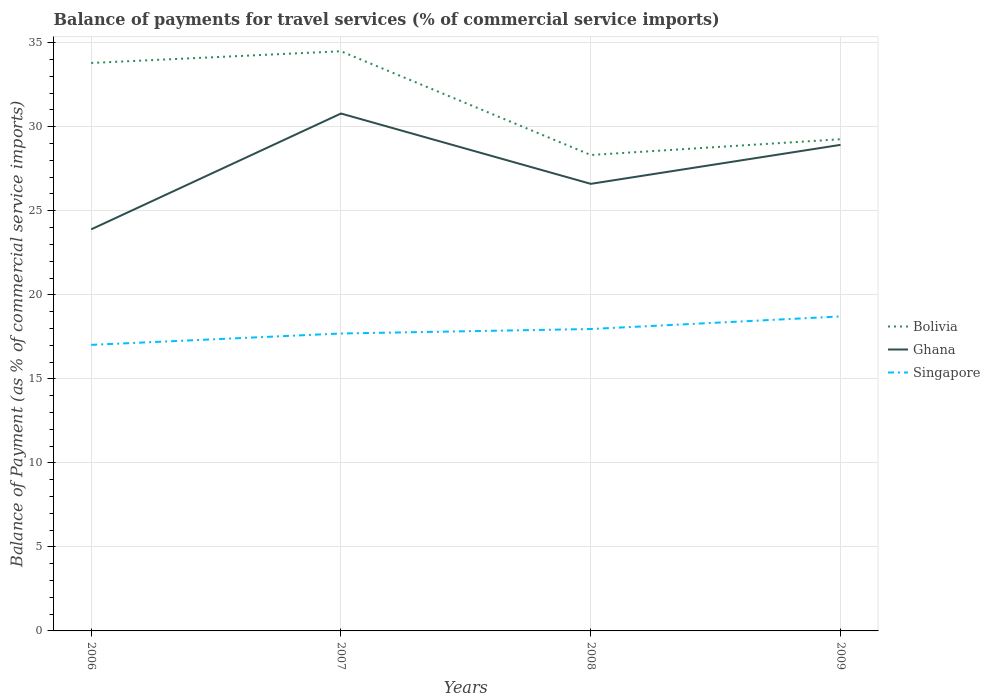
| Years | Bolivia | Ghana | Singapore |
 | --- | --- | --- | --- |
 | 2006 | 33.8 | 23.9 | 17 |
 | 2007 | 34.5 | 30.8 | 17.7 |
 | 2008 | 28.3 | 26.6 | 18 |
 | 2009 | 29.3 | 28.9 | 18.7 |